Lunatic asylums in Bengal annual reports 1888-1898 - 1888-1898
Year: 1888
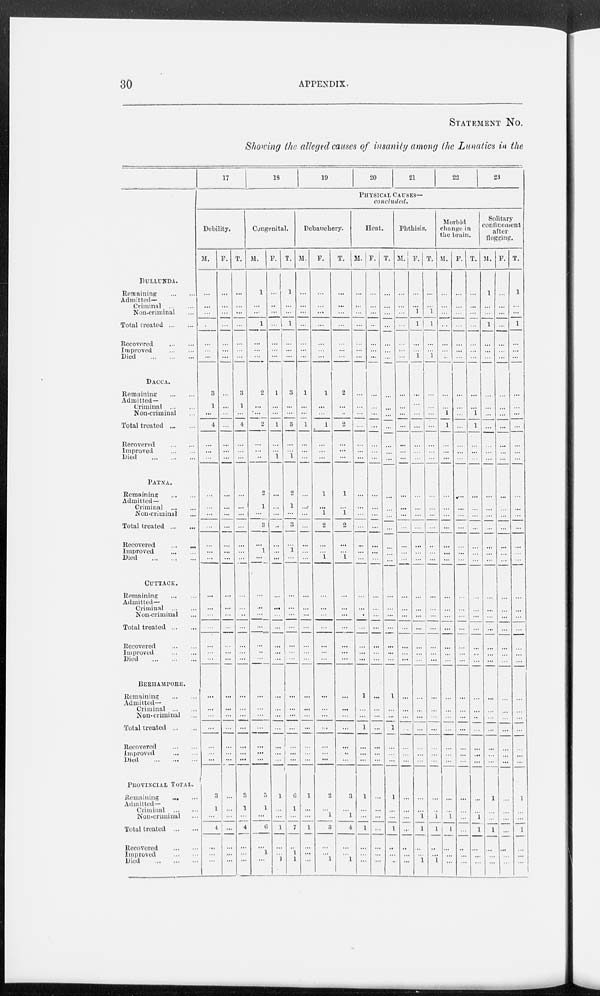
30
APPENDIX.
STATEMENT No.
Showing the alleged causes of insanity among the Lunatics in the
DULLUNDA.
Remaining ... ...
Admitted—
Criminal
...
...
Non-criminal ... ...
Total treated ... ...
Recovered
...
...
Improved
...
...
Died ... ... ...
DACCA.
Remaining ... ...
Admitted—
Criminal
...
...
Non-criminal ... ...
Total treated ... ...
Recovered
...
...
Improved
...
...
Died
...
...
...
PATNA.
Remaining
...
...
Admitted—
Criminal
...
...
Non-criminal ... ...
Total treated ... ...
Recovered
...
...
Improved
...
...
Died
...
...
CUTTACK.
Remaining ... ...
Admitted—
Criminal
...
...
Non-criminal ... ...
Total treated ... ...
Recovered
...
...
Improved
...
...
Died
...
...
...
BERHAMPORE.
Remaining
...
...
Admitted—
Criminal
...
...
Non-criminal ... ...
Total treated ... ...
Recovered
...
...
Improved
...
...
Died
...
...
...
PROVINCIAL TOTAL.
Remaining ... ...
Admitted—
Criminal
...
...
Non-criminal ... ...
Total treated
...
...
Recovered
...
...
Improved
...
...
Died
...
...
...
17
18
19
Debility.
M.
...
...
...
...
...
...
...
3
1
...
4
...
...
...
...
...
...
...
...
...
...
...
...
...
...
...
...
...
...
...
...
...
...
...
...
3
1
...
4
...
...
...
F.
...
...
...
... ...
...
...
...
...
...
...
...
...
...
...
...
...
...
...
...
...
...
...
...
...
...
...
...
...
...
...
...
...
...
...
...
...
...
...
...
...
...
T.
...
...
...
...
...
...
...
3
1
...
4
...
...
...
...
...
...
...
...
...
...
...
...
...
...
...
...
...
...
...
...
...
...
...
...
3
1
4
...
...
...
Congenital.
M.
1
...
...
1
...
...
...
2
...
...
2
...
...
...
2
1
...
3
...
1
...
...
...
...
...
...
...
...
...
...
...
...
...
...
...
5
1
...
6
...
1
...
F.
...
...
...
...
...
...
...
1
...
...
1
...
...
1
...
...
...
...
...
...
...
...
...
...
...
...
...
...
...
...
...
...
...
...
...
1
...
...
1
...
...
1
T.
1
...
...
1
...
...
...
3
...
...
3
...
...
1
2
1
...
3
...
1
...
...
...
...
...
...
...
...
...
...
...
...
...
...
...
6
1
...
7
...
1
1
20
21
22
23
PHYSICAL CAUSES—
concluded.
Debauchery.
M.
...
...
...
...
...
...
...
1
...
...
1
...
...
...
...
...
...
...
...
...
...
...
...
...
...
...
...
...
...
...
...
...
...
...
...
1
...
...
1
...
...
...
F.
...
...
...
...
...
...
...
1
...
...
1
...
...
...
1
...
1
2
...
...
1
...
...
...
...
...
...
...
...
...
...
...
...
...
...
2
...
1
3
...
...
1
T.
...
...
...
...
...
...
...
2
...
...
2
...
...
...
1
...
1
2
...
...
1
...
...
...
...
...
...
...
...
...
...
...
...
...
...
3
...
1
4
...
...
1
Heat.
M.
...
...
...
...
...
...
...
...
...
...
...
...
...
...
...
...
...
...
...
...
...
...
...
...
...
...
...
...
1
...
...
1
...
...
...
1
...
...
1
...
...
...
F.
...
...
...
...
...
...
...
...
...
...
...
...
...
...
...
...
...
...
...
...
...
...
...
...
...
...
...
...
...
...
...
...
...
...
...
...
...
...
...
...
...
...
T.
...
...
...
...
...
...
...
...
...
...
...
...
...
...
...
...
...
...
...
...
...
...
...
...
...
...
...
...
1
...
...
1
...
...
...
1
...
...
1
...
...
...
Phthisis.
M.
...
...
...
...
...
...
...
...
...
...
...
...
...
...
...
...
...
...
...
...
...
...
...
...
...
...
...
...
...
...
...
...
...
...
...
...
...
...
...
...
...
...
F.
...
...
1
1
...
...
1
...
...
...
...
...
...
...
...
...
...
...
...
...
...
...
...
...
...
...
...
...
...
...
...
...
...
...
...
...
...
l
1
...
...
1
T.
...
...
1
1
...
...
1
...
...
...
...
...
...
...
...
...
...
...
...
...
...
...
...
...
...
...
...
...
...
...
...
...
...
...
...
...
...
1
1
...
...
1
Morbid
change in
the brain.
M.
...
...
...
...
...
...
...
...
...
1
1
...
...
...
...
...
...
...
...
...
...
...
...
...
... ...
...
...
...
...
...
...
...
...
...
...
...
1
1
...
...
...
F.
...
...
...
...
...
...
...
...
...
...
...
...
...
...
...
...
...
...
...
..
...
...
...
...
...
...
...
...
...
...
...
...
...
...
...
...
...
...
...
...
...
...
T.
...
...
...
...
...
...
...
...
...
1
1
...
...
...
...
...
...
...
...
...
...
...
...
...
...
...
...
...
...
...
...
...
...
...
...
...
...
1
1
...
...
...
Solitary
confinement
after
flogging.
M.
1
...
...
1
...
...
...
...
...
...
...
...
...
...
...
...
...
...
...
...
...
...
...
...
...
...
...
...
...
...
...
...
...
...
...
1
...
...
1
...
...
...
F.
...
...
...
...
...
...
...
...
...
...
...
...
...
...
...
...
...
...
...
...
...
...
...
...
...
...
...
...
...
...
...
...
...
...
...
...
...
...
...
...
...
...
T.
1
...
...
1
...
...
...
...
...
...
...
...
...
...
...
...
...
...
...
...
...
...
...
...
... ...
...
...
...
...
...
...
...
...
...
1
...
...
1
...
...
...